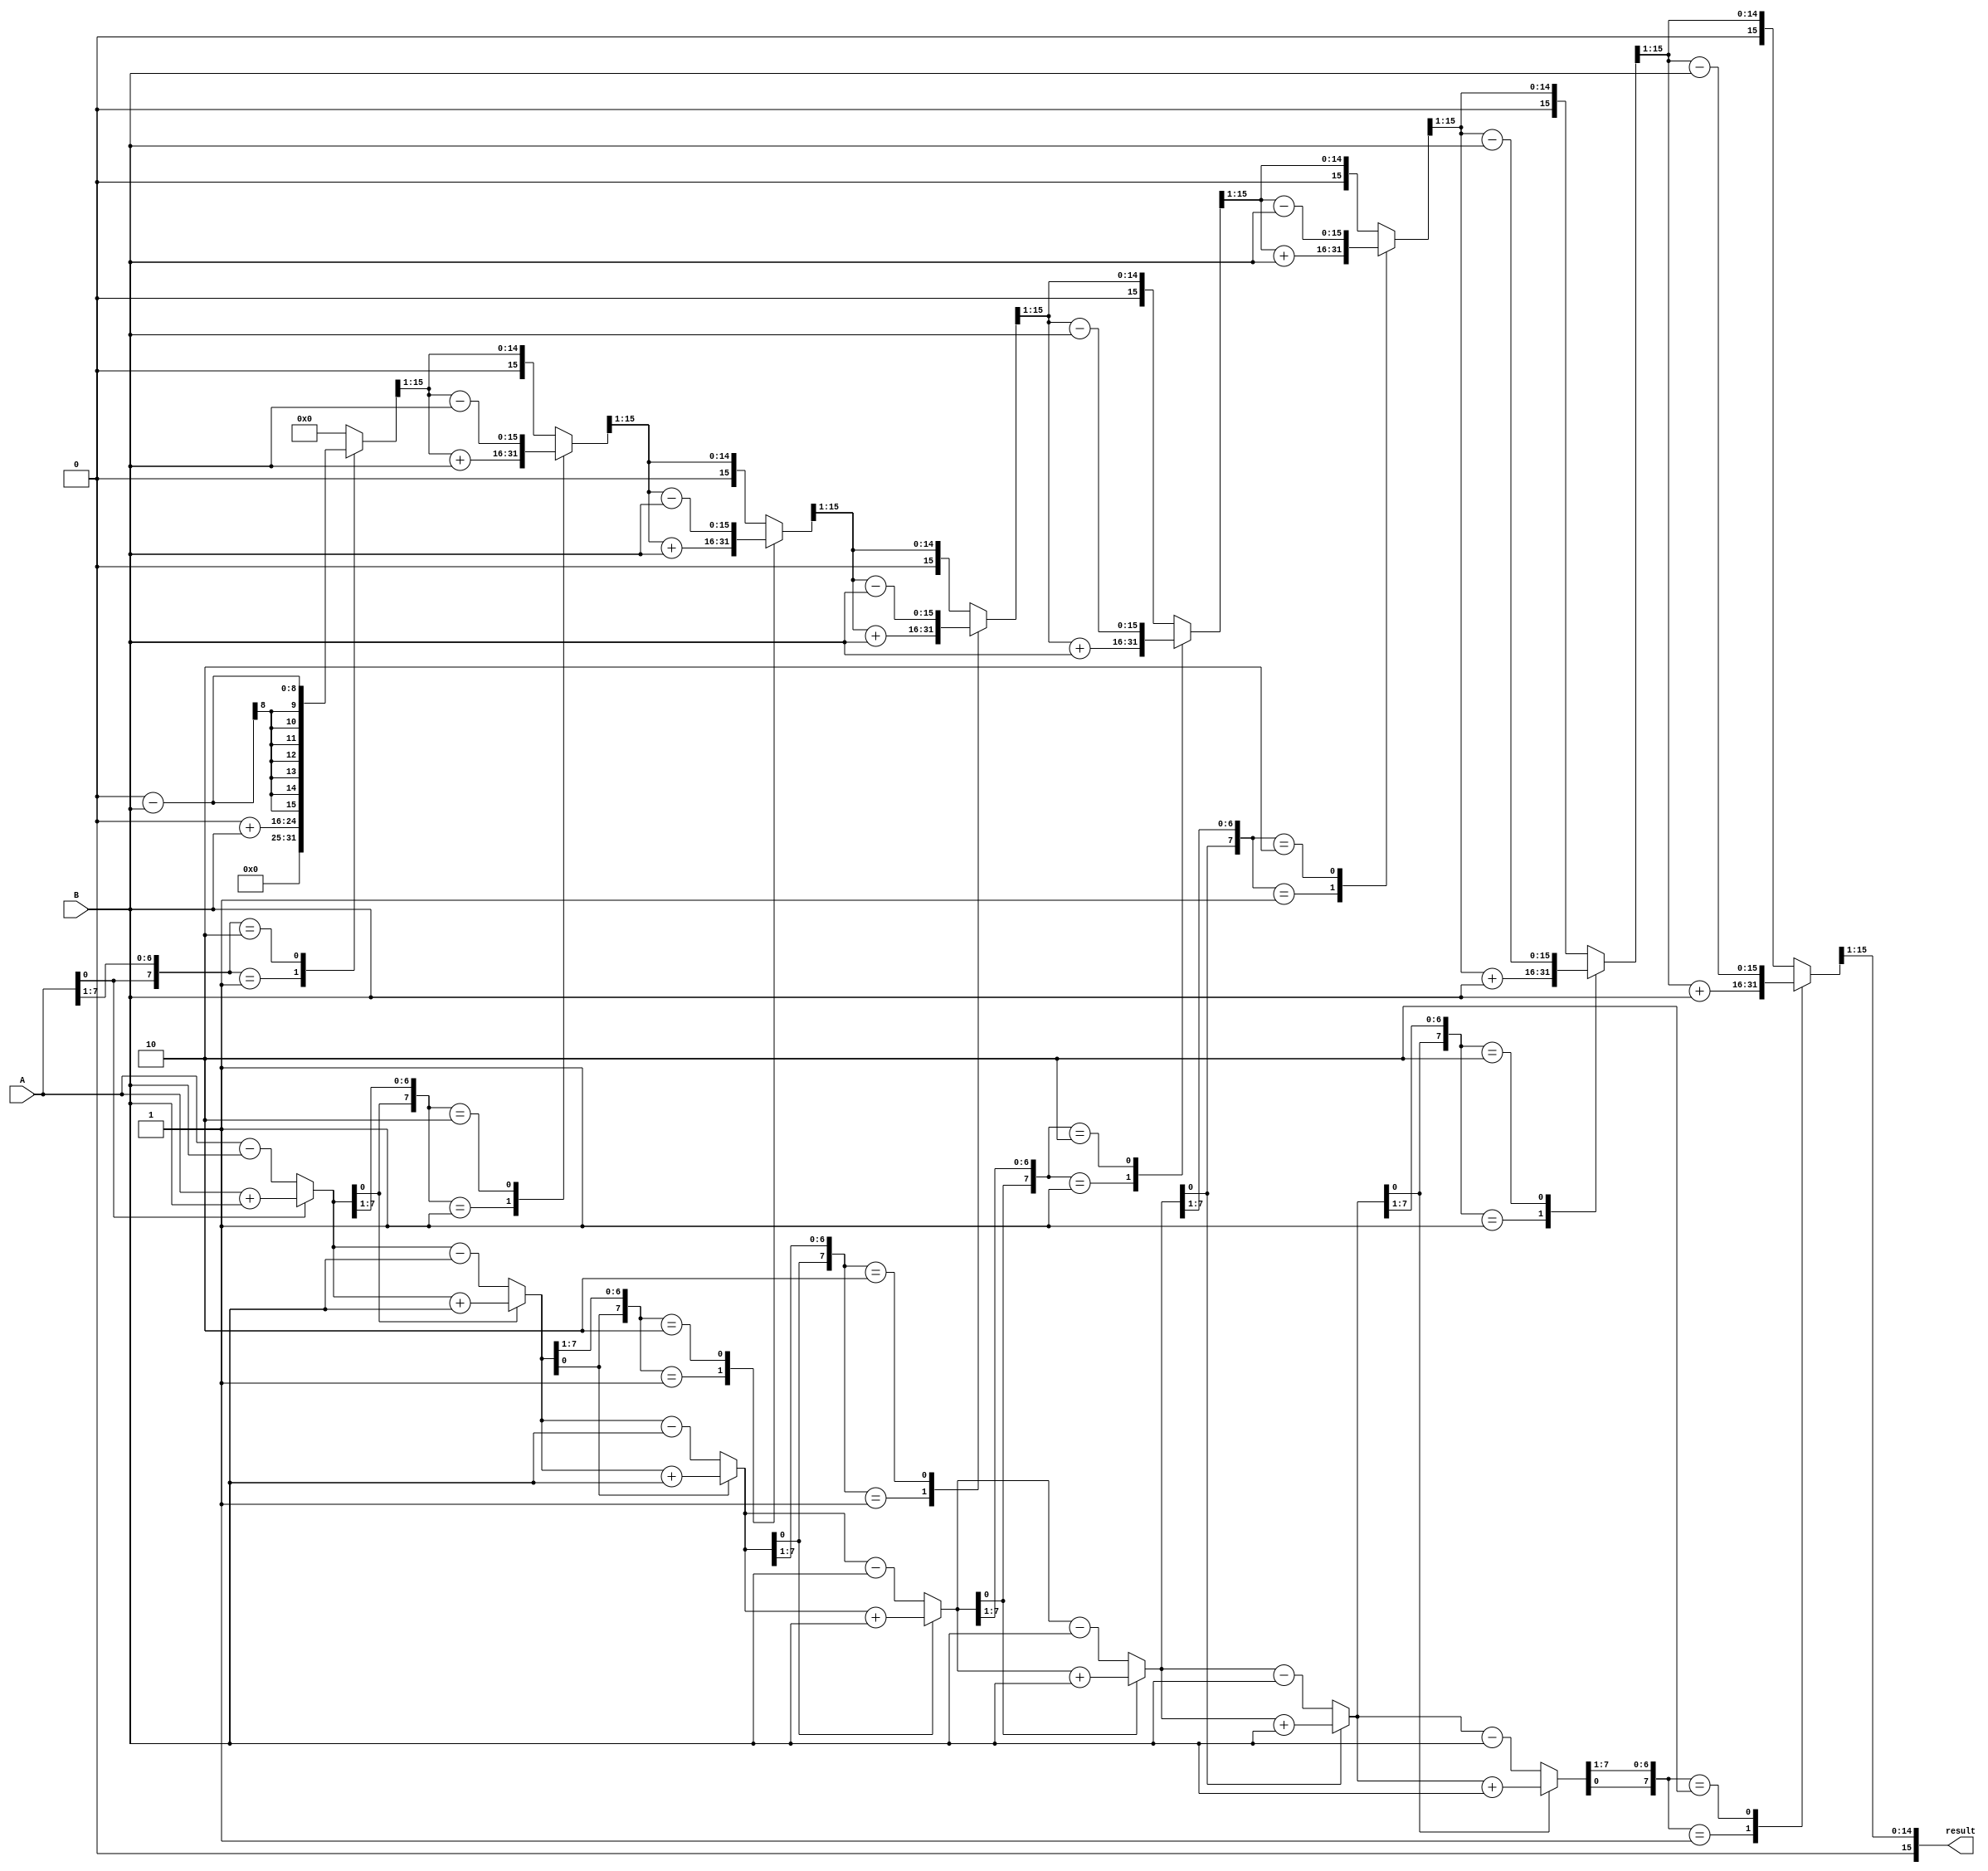
module Booth_Multiplier(
    input [7:0] A,
    input [7:0] B,
    output reg [15:0] result
);

reg [7:0] A_reg;
reg [7:0] B_reg;
reg [15:0] partial_product;
reg [3:0] count;

always @ (A or B) begin
    A_reg = A;
    B_reg = B;
    partial_product = 16'b0;
    count = 4'b0;
    
    repeat(8) begin
        case({A_reg[0], A_reg[7:1]})
            2'b01: partial_product = partial_product + B_reg;
            2'b10: partial_product = partial_product - B_reg;
            2'b11: ;
            default: ;
        endcase
        
        if(A_reg[0] == 1) begin
            A_reg = A_reg + B_reg;
        end else begin
            A_reg = A_reg - B_reg;
        end
        
        partial_product = partial_product >> 1;
        count = count + 1;
    end
    
    result = partial_product;
end

endmodule